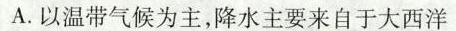
A.以温带气候为主，降水主要来自于大西洋